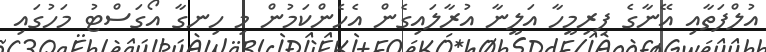
އުލްފަތާއި އޭނާގެ ފިރިމީހާ އަލީނާ އުރާލައިގެން އެހެންކަމުން މި ހިނގާ އޯގަސްޓު މަހުގައި